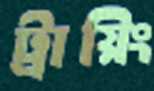
ট্রায়িং